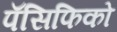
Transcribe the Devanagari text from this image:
पॅसिफिको